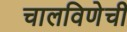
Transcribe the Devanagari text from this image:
चालविणेची